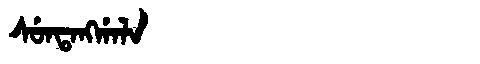
Manchu: ᠰᡠᠨᡨᠠᠩᡤᠠᠯᠠ
Romanization: SUNTANGGALA